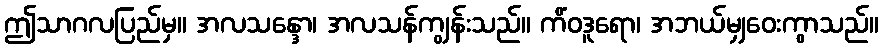
ဤသာဂလပြည်မှ။ အလသန္ဒော၊ အလသန်ကျွန်းသည်။ ကိံဝဒူရော၊ အဘယ်မျှဝေးကွာသည်။